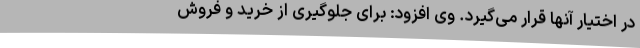
در اختیار آنها قرار می‌گیرد. وی افزود: برای جلوگیری از خرید و فروش